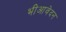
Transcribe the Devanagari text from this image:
भीआवेदन